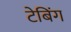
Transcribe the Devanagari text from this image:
टेबिंग